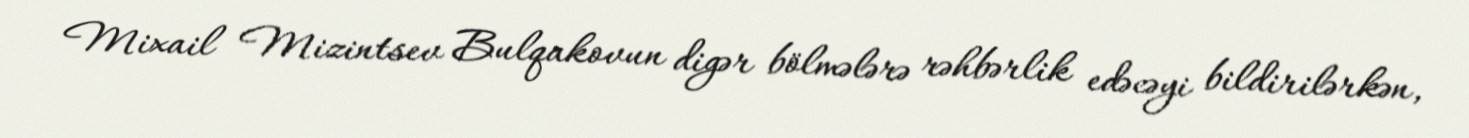
Mixail Mizintsev Bulqakovun digər bölmələrə rəhbərlik edəcəyi bildirilərkən,